system: You are a helpful assistant.
user:
Analyze the provided spectrum to determine if it is a **Carbon Star (C-type)**.

- **Key Visual Indicators of Carbon Star:**
    - **(Primary):** Strong molecular absorption from **C₂ (diatomic carbon) "Swan Bands."** This is the **defining feature** of a carbon star.
        - **(Key Bandheads):** Sharp absorption edges are visible at approximately $5635$ Å, $5165$ Å (the strongest band), and $4737$ Å.
        - **(Line Profile):** Creates a distinct **"saw-tooth"** pattern. The key morphology is a sharp, steep bandhead on the **red (long-wavelength) side**, which then gradually tapers off (i.e., flux recovers) towards the **blue (short-wavelength) side**. *(This is the direct opposite of the TiO bands seen in M-type stars)*.

    - **(Secondary):** Intense **CN (cyanogen)** molecular absorption bands.
        - **(Key Bandheads):** Located in the blue and violet regions of the spectrum (e.g., near $4215$ Å and $3883$ Å).
        - **(Morphology):** These bands are extremely broad and act as a "blanket," absorbing the vast majority of blue and violet light. This creates a characteristic **"cliff"** or **"steep drop-off"** in the spectrum's flux at short wavelengths.

    - **(Key Confirmation):** Strong **CH absorption band (G-band)**.
        - **(Key Bandhead):** Located around $4300$ Å. The contribution from CH molecules to this band is exceptionally strong.

    - **(Overall Spectrum):**
        - The continuum is severely "chopped up" by these deep molecular bands, especially C₂, rather than appearing as a smooth curve.
        - Due to the heavy CN and C₂ absorption in the blue-green, the vast majority of the star's flux is concentrated in the red part of the spectrum, giving the star its characteristic deep red color.

Think first, call **spectral_visualization_tool** if needed to examine features in detail, then provide your final answer. Your response must adhere to the following strict rules:
1.  **Overall Structure:** Your response must follow the format `<think>...</think> <tool_call>...</tool_call> (if a tool is used) <answer>...</answer>`.
2.  **Tool Usage Constraint:** You may only make **one** tool call per turn.
3.  **Final Answer Format:** In the `<answer>` tag, your conclusion must be inside a `\boxed{}` command (e.g., `\boxed{YES}`), followed by your justification.

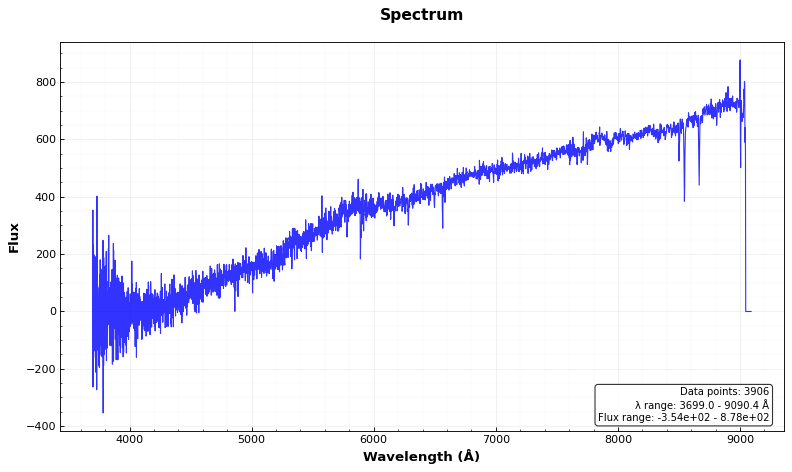
Answer: NO